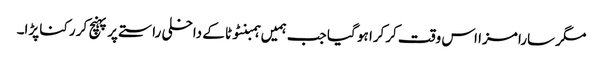
مگر سارا مزا اس وقت کرکرا ہو گیا جب ہمیں ہمبنٹوٹا کے داخلی راستے پر پہنچ کر رکنا پڑا۔